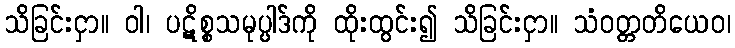
သိခြင်းငှာ။ ဝါ၊ ပဋိစ္စသမုပ္ပါဒ်ကို ထိုးထွင်း၍ သိခြင်းငှာ။ သံဝတ္တတိယေဝ၊